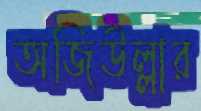
অজিউল্লার